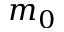
m _ { 0 }